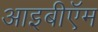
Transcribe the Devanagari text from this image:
आइबीऍम